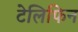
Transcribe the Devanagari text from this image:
टेलिफिन